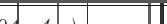
٤٢